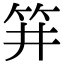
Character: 𥬆